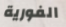
الفورية